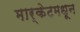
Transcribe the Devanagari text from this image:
मार्केटमधून